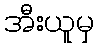
အီးယူမှ